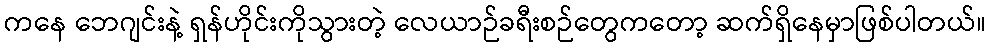
ကနေ ဘေဂျင်းနဲ့ ရှန်ဟိုင်းကိုသွားတဲ့ လေယာဉ်ခရီးစဉ်တွေကတော့ ဆက်ရှိနေမှာဖြစ်ပါတယ်။